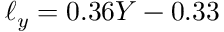
\ell _ { y } = 0 . 3 6 Y - 0 . 3 3